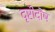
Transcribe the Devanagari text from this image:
दृष्टीदोष